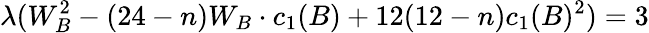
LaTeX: \lambda(W_{B}^{2}-(24-n)W_{B}\cdot c_{1}(B)+12(12-n)c_{1}(B)^{2})=3